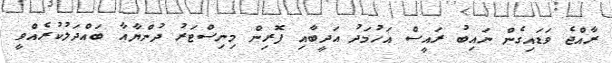
ރާއްޖެ ވަޑައިގެން ނައިބު ރައީސް އަހުމަދު އަދީބާއި ފޮރިން މިނިސްޓަރު ދުންޔާއާ ބައްދަލުކުރެއްވީ